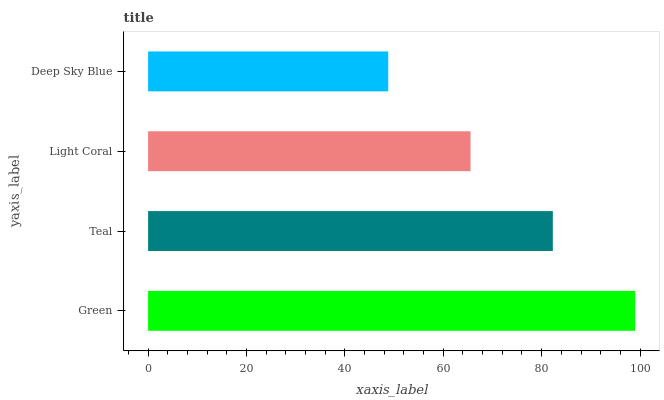
| yaxis_label | bars |
 | --- | --- |
 | Green | 99 |
 | Teal | 82.3 |
 | Light Coral | 65.5 |
 | Deep Sky Blue | 48.8 |